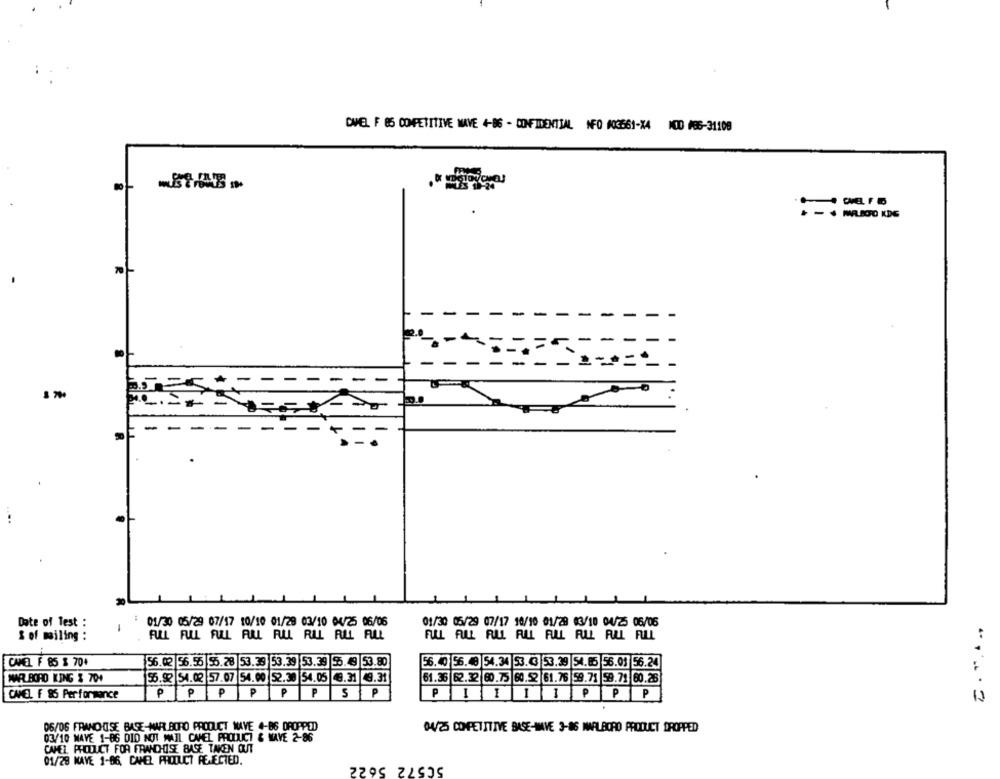
CAMEL F 85 COMPETITIVE MAVE 4-86 - CONFIDENTIAL NFO #03561-X4 NOID #86-31108
CHEL F 5
MALATO KDG
Date of Test :
01/30 05/29 07/17 10/10 01/28 03/10 04/25 06/06
01/30 05/29 07/17 10/10 01/28 03/10 04/25 06/06
S of mailing :
FULL FULL FULL ALL RUL RLL ALL ALL
ALL ALL RUL ALL ALL RLL RUL ALL
CAMEL F 85 $ 70+
56.02 56.55 55.28 53.33 53.39 53.39 55.49 53.80
56.40 56.48 54.34 53. 3 53.39 54.85 56.01 56.24
MAR BORD KING & 704
61.36 62.32 80.75 60.52 61.76 59.71 59.71 60.25
56.92 54.02 57.07 54.00 52.38 54.05 48.31 49.31
P
P
P
P
P
S
P
CAMEL F 86 Performance
PIIIIPPP
12
06/06 FRANCHISE BASE-MAR BORO PRODUCT WAVE 4-86 DROPPED
04/25 COMPETITIVE BASE-HIVE 3-86 NAPLBORD PRODUCT DROPPED
03/10 MAVE 1-86 DID NOT MAIL CAMEL PRODUCT & NAVE 2-86
CAMEL PRODUCT FOR FRANCHISE BASE TAKEN OUT
01/28 NAVE 1-06, CAMEL PRODUCT REJECTED.
50572 5622